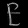
Digit: ၉